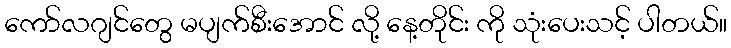
ကော်လဂျင်တွေ မပျက်စီးအောင် လို့ နေ့တိုင်း ကို သုံးပေးသင့် ပါတယ်။